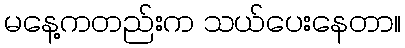
မနေ့ကတည်းက သယ်ပေးနေတာ။